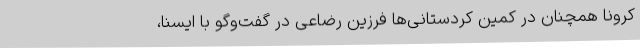
کرونا همچنان در کمین کردستانی‌ها فرزین رضاعی در گفت‌وگو با ایسنا،